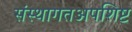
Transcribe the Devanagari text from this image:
संस्थागतअपशिष्ट